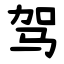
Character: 驾